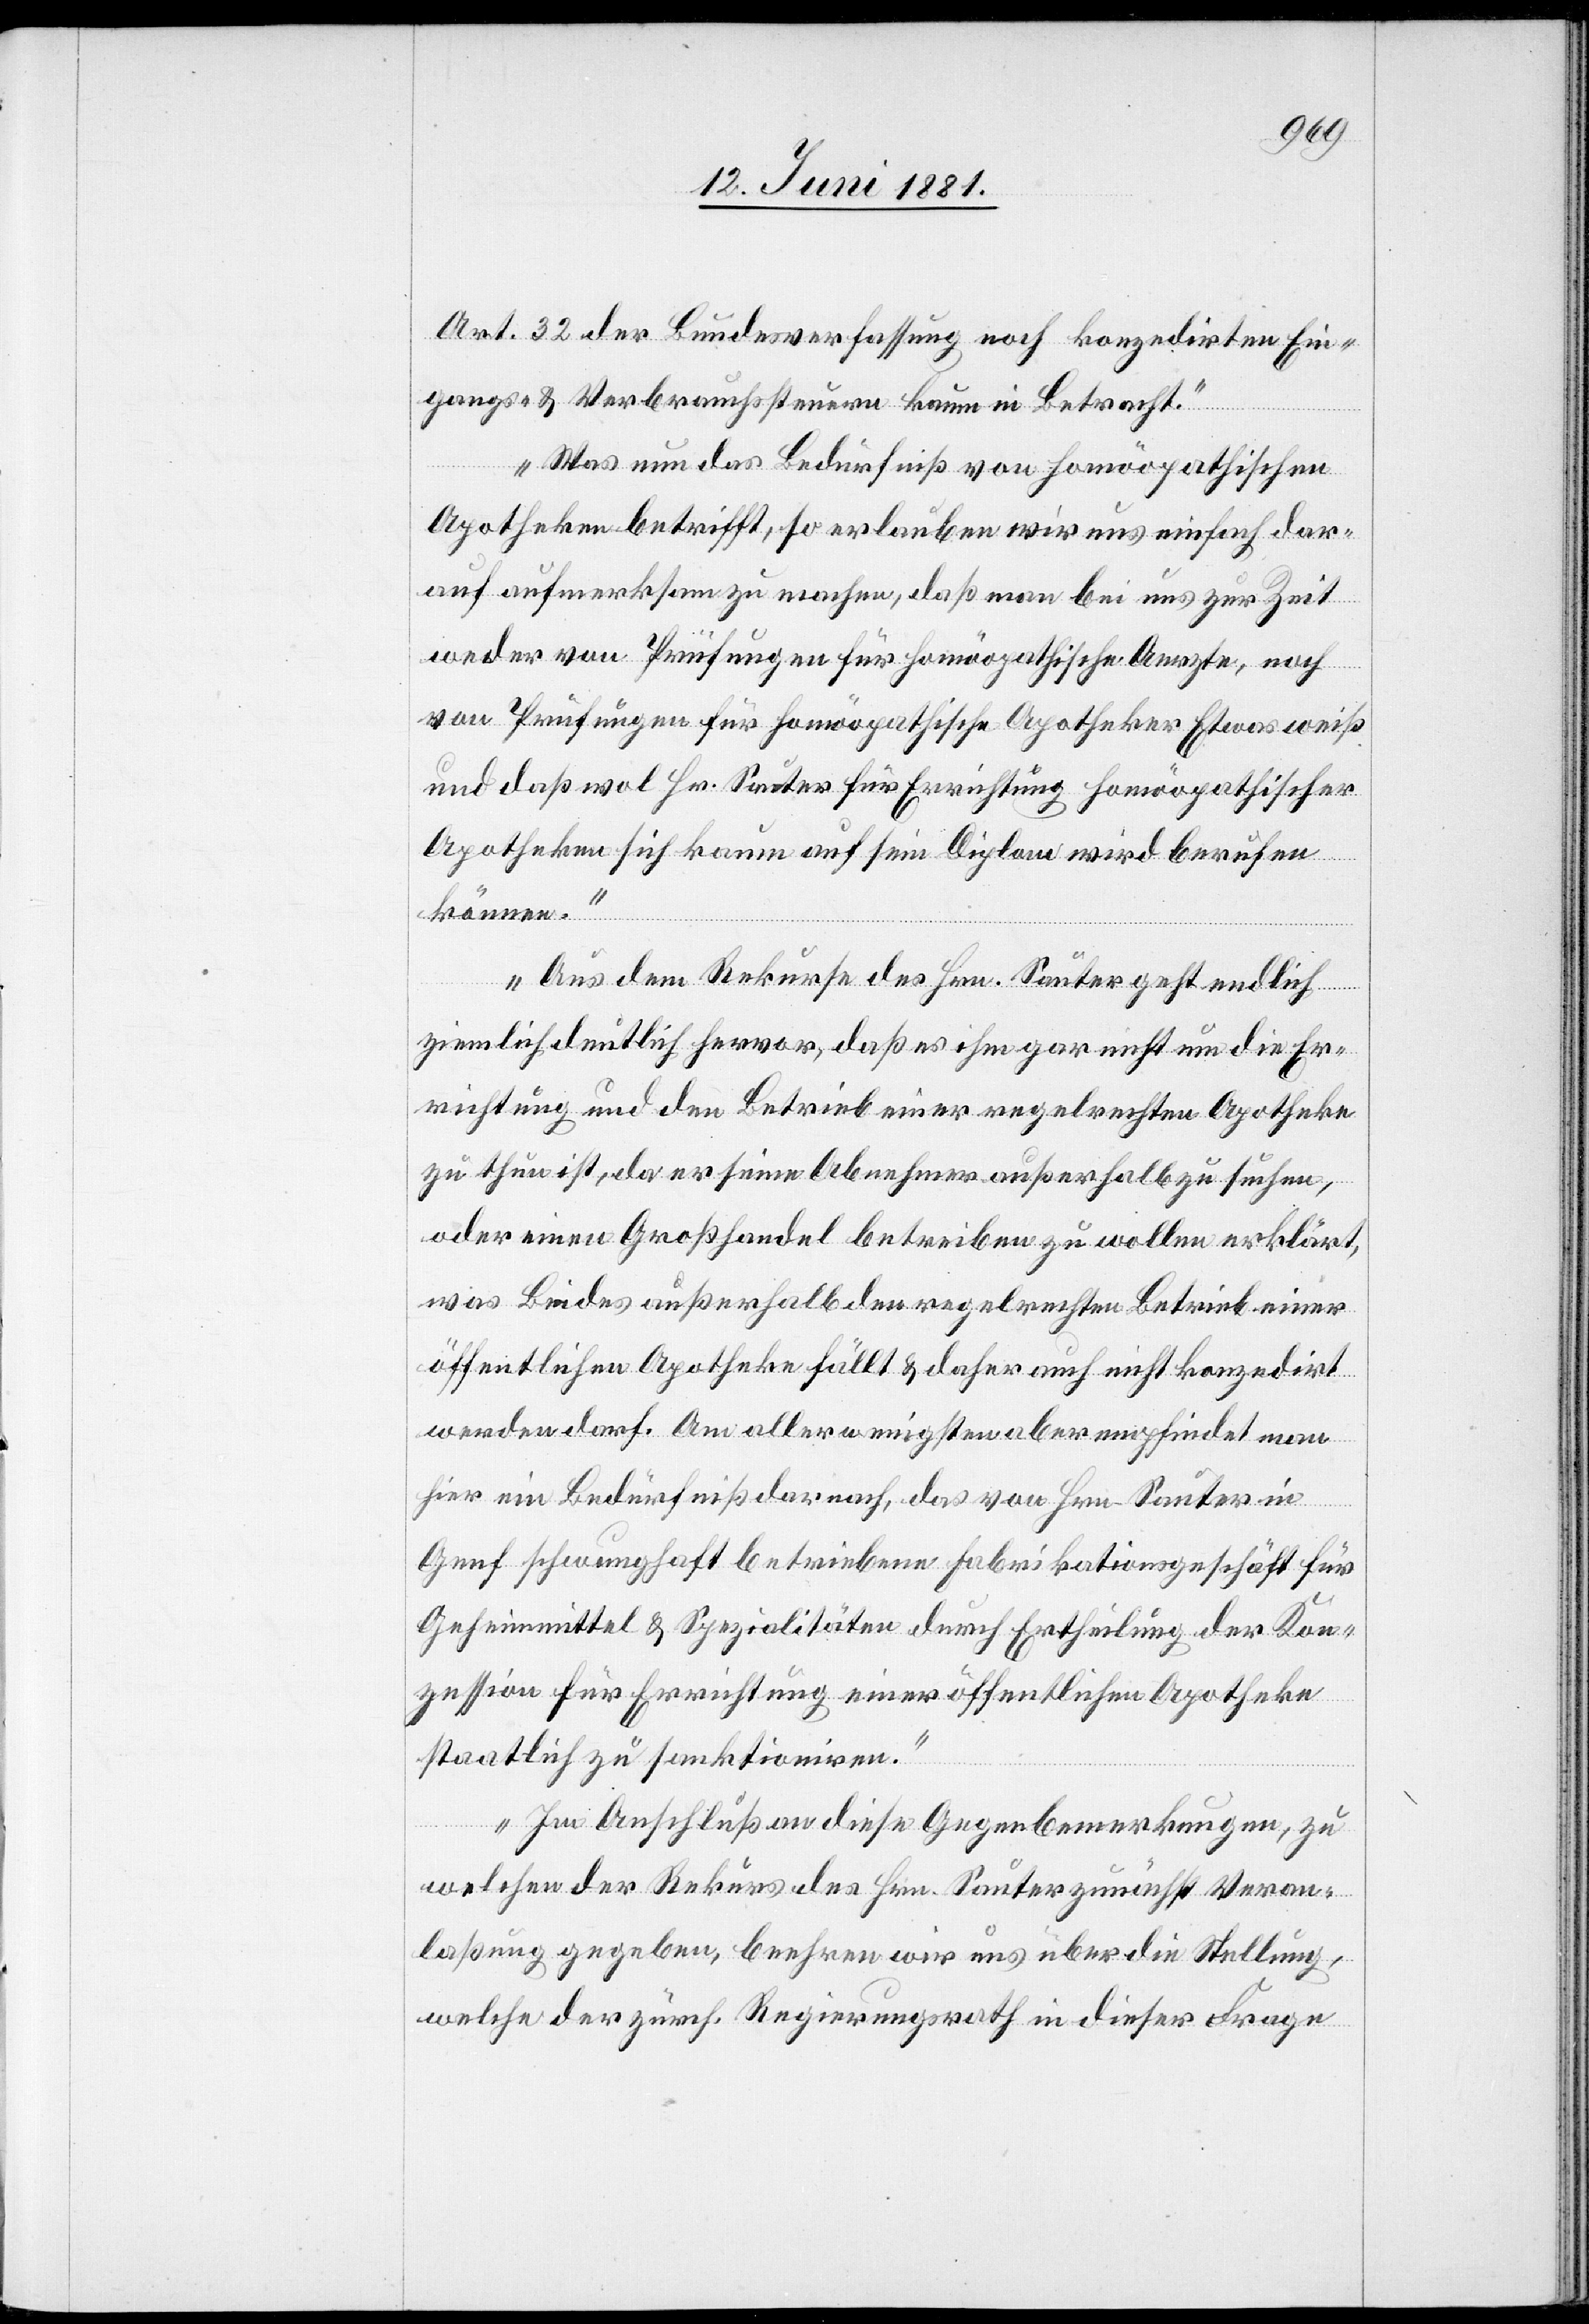
Art. 32 der Bundesverfassung noch konzedirten Ein¬
gangs- & Verbrauchssteuern kaum in Betracht.
Was nun das Bedürfniß von homöopathischen
Apotheken betrifft, so erlauben wir uns einfach dar¬
auf aufmerksam zu machen, daß man bei uns zur Zeit
weder von Prüfungen für homöopathische Aerzte, noch
von Prüfungen für homöopathische Apotheker etwas weiß
und daß wol Hr. Sauter für Errichtung homöopathischer
Apotheken sich kaum auf sein Diplom wird berufen
können.
Aus dem Rekurse des Hrn. Sauter geht endlich
ziemlich deutlich hervor, daß es ihm gar nicht um die Er¬
richtung und den Betrieb einer regelrechten Apotheke
zu thun ist, da er seine Abnehmer außerhalb zu suchen,
oder einen Großhandel betreiben zu wollen erklärt,
was Beides außerhalb den regelrechten Betrieb einer
öffentlichen Apotheke fällt & daher auch nicht konzedirt
werden darf. Am allerwenigsten aber empfindet man
hier ein Bedürfniß darnach, das von Hrn. Sauter in
Genf schwunghaft betriebene Fabrikationsgeschäft für
Geheimmittel & Spezialitäten durch Ertheilung der Kon¬
zession für Errichtung einer öffentlichen Apotheke
staatlich zu sanktioniren.
Im Anschluß an diese Gegenbemerkungen, zu
welchen der Rekurs des Hrn. Sauter zunächst Veran¬
laßung gegeben, beehren wir uns über die Stellung,
welche der zürch. Regierungsrath in dieser Frage